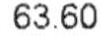
63.60